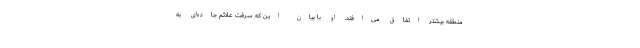
منطقه بیشتر اتفاق می‌افتد. او با بیان این که سرقت علائم جاده‌ای به‌